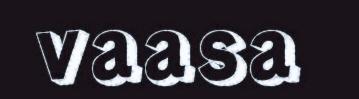
vaasa